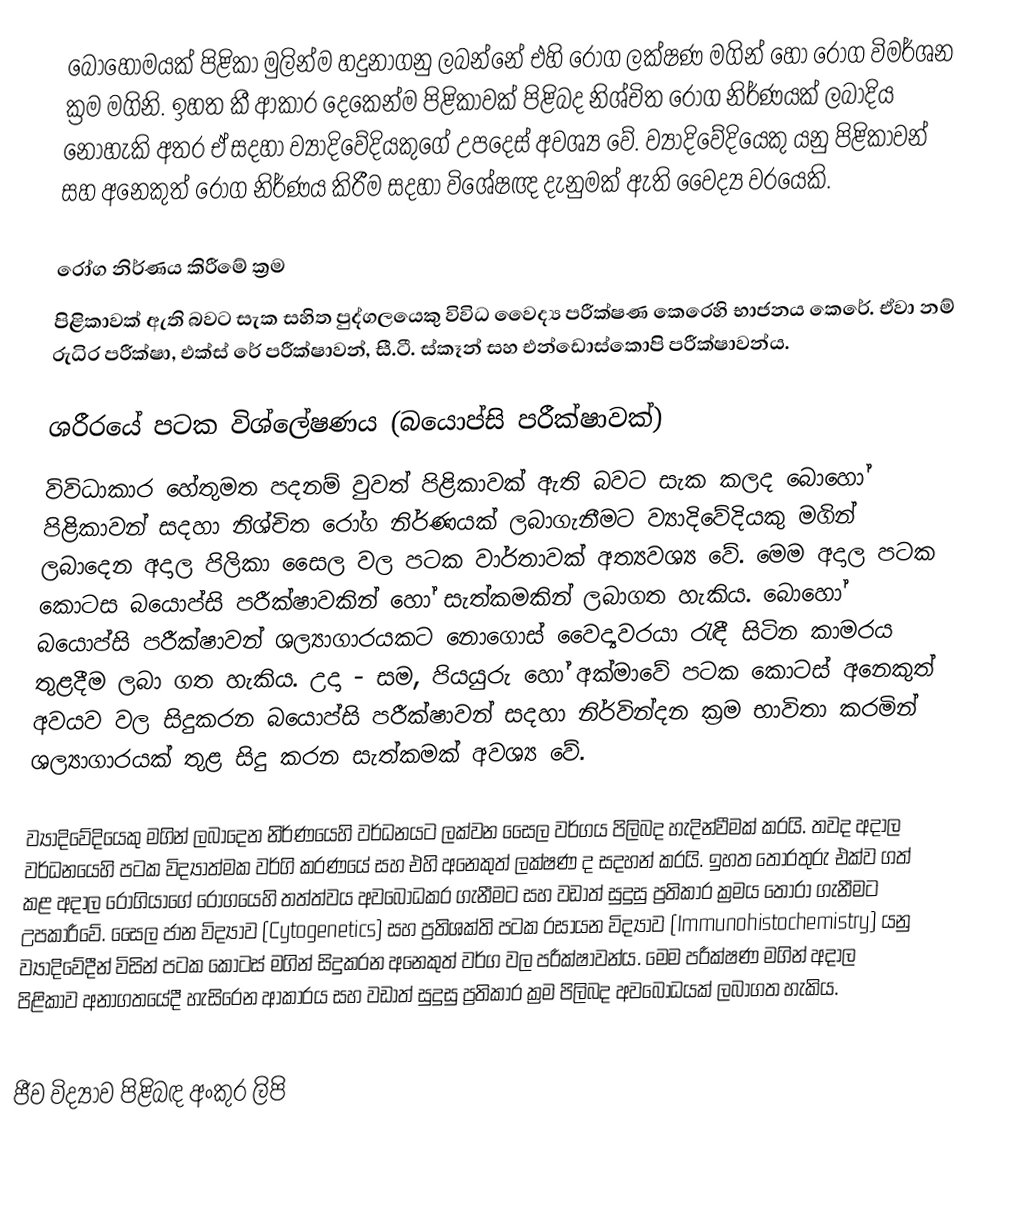
බොහොමයක් පිළිකා මුලින්ම හදුනාගනු ලබන්නේ එහි රෝග ලක්ෂණ මගින් හෝ රෝග විමර්ශන ක්‍රම මගිනි. ඉහත කී ආකාර දෙකෙන්ම පිළිකාවක් පිළිබද නිශ්චිත රෝග නිර්ණයක් ලබාදිය නොහැකි අතර ඒ සදහා ව්‍යාදිවේදියකුගේ උපදෙස් අවශ්‍ය වේ. ව්‍යාදිවේදියෙකු යනු පිළිකාවන් සහ අනෙකුත් රෝග නිර්ණය කිරීම සදහා විශේෂඥ දැනුමක් ඇති වෛද්‍ය වරයෙකි.

රෝග නිර්ණය කිරීමේ ක්‍රම
පිළිකාවක් ඇති බවට සැක සහිත පුද්ගලයෙකු විවිධ වෛද්‍ය පරීක්ෂණ කෙරෙහි භාජනය කෙරේ. ඒවා නම් රුධිර පරීක්ෂා, එක්ස් රේ පරීක්ෂාවන්, සී.ටී. ස්කෑන් සහ එන්ඩොස්කොපි පරීක්ෂාවන්ය.

ශරීරයේ පටක විශ්ලේෂණය (බයොප්සි පරීක්ෂාවක්)
විවිධාකාර හේතුමත පදනම් වුවත් පිළිකාවක් ඇති බවට සැක කලද බොහෝ පිළිකාවන් සදහා නිශ්චිත රෝග නිර්ණයක් ලබාගැනීමට ව්‍යාදිවේදියකු මගින්  ලබාදෙන අදාල පිලිකා සෛල වල පටක වාර්තාවක් අත්‍යවශ්‍ය වේ. මෙම අදාල පටක කොටස බයොප්සි පරීක්ෂාවකින් හෝ සැත්කමකින් ලබාගත හැකිය. බොහෝ බයොප්සි පරීක්ෂාවන් ශල්‍යාගාරයකට නොගොස් වෛද්‍යවරයා රැඳී සිටින කාමරය තුළදීම ලබා ගත හැකිය. උදා - සම, පියයුරු හෝ අක්මාවේ පටක කොටස් අනෙකුත් අවයව වල සිදුකරන බයොප්සි පරීක්ෂාවන් සදහා නිර්වින්දන ක්‍රම භාවිතා කරමින් ශල්‍යාගාරයක් තුළ සිදු කරන සැත්කමක් අවශ්‍ය වේ.

ව්‍යාදිවේදියෙකු මගින් ලබාදෙන නිර්ණයෙහි වර්ධනයට ලක්වන සෛල වර්ගය පිලිබද හැදින්වීමක් කරයි.  තවද අදාල වර්ධනයෙහි පටක විද්‍යාත්මක වර්ගි කරණයේ සහ එහි අනෙකුත් ලක්ෂණ ද සදහන් කරයි. ඉහත තො‍රතුරු එක්ව ගත් කළ අදාල රෝගියාගේ රෝගයෙහි තත්ත්වය අවබෝධකර ගැනීමට සහ වඩාත් සුදුසු ප්‍රතිකාර ක්‍රමය තෝරා ගැනීමට උපකාරීවේ. සෛල ජාන විද්‍යාව (Cytogenetics) සහ ප්‍රතිශක්ති පටක රසායන විද්‍යාව (Immunohistochemistry) යනු ව්‍යාදිවේදීන් විසින් පටක කොටස් මගින් සිදුකරන අනෙකුත් වර්ග වල පරීක්ෂාවන්ය. මෙම පරීක්ෂණ මගින් අදාල පිළිකාව අනාගතයේදී හැසිරෙන ආකාරය සහ වඩාත් සුදුසු ප්‍රතිකාර ක්‍රම පිලිබද අවබෝධයක් ලබාගත හැකිය.


ජීව විද්‍යාව පිළිබඳ අංකුර ලිපි